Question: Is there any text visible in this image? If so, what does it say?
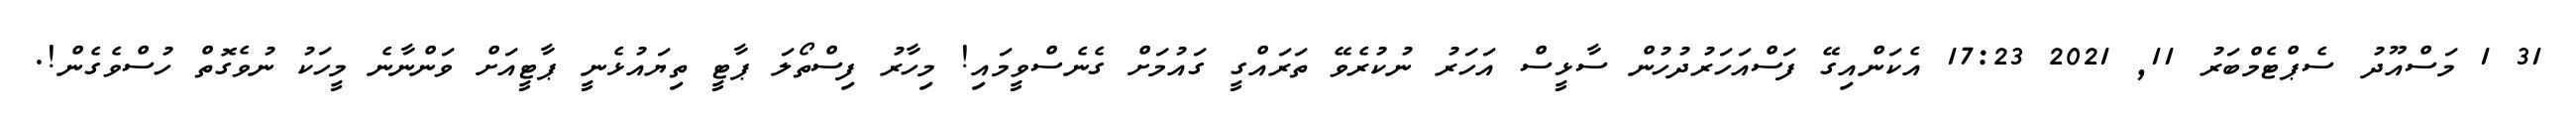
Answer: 31 1 މަސްއޫދު ސެޕްޓެމްބަރު 11, 2021 17:23 އެކަންއިގޭ ފަސްއަހަރުދުހުން ސާޅީސް އަހަރު ނުކުރެވޭ ތަރައްގީ ގައުމަށް ގެނެސްވީމައި! މިހާރު ފިސްތޯލަ ޕާޓީ ތިޔައުޅެނީ ޕާޓީއަށް ވަންނާނެ މީހަކު ނުވެގޮތް ހުސްވެގެން!.